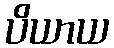
ပိယာယ